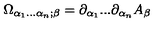
\Omega _ { \alpha _ { 1 } . . . \alpha _ { n } ; \beta } = \partial _ { \alpha _ { 1 } } . . . \partial _ { \alpha _ { n } } A _ { \beta }